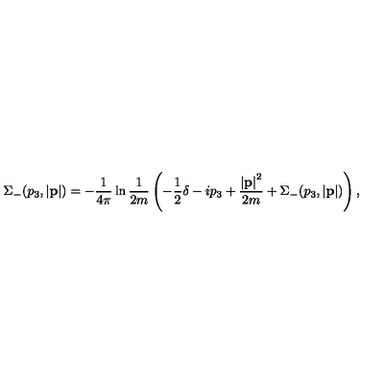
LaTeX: \Sigma _ { - } ( p _ { 3 } , \left| { \bf p } \right| ) = - \frac { 1 } { 4 \pi } \ln \frac { 1 } { 2 m } \left( - \frac { 1 } { 2 } \delta - i p _ { 3 } + \frac { \left| { \bf p } \right| ^ { 2 } } { 2 m } + \Sigma _ { - } ( p _ { 3 } , \left| { \bf p } \right| ) \right) ,